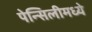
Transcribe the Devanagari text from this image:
पेन्सिलीमध्ये